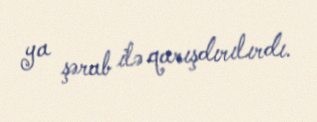
ya şərab ilə qarışdırılırdı.